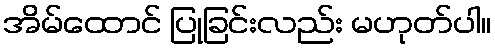
အိမ်ထောင် ပြုခြင်းလည်း မဟုတ်ပါ။